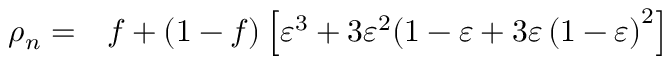
\begin{array} { r l } { \rho _ { n } = } & { { } f + \left( 1 - f \right) \left[ \varepsilon ^ { 3 } + 3 \varepsilon ^ { 2 } ( 1 - \varepsilon + 3 \varepsilon \left( 1 - \varepsilon \right) ^ { 2 } \right] } \end{array}